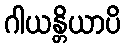
ဂါယန္တိယာပိ